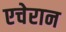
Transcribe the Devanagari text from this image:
एचेरान